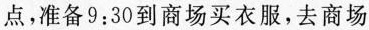
点，准备9:30到商场买衣服，去商场